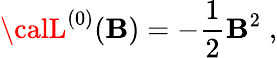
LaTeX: {\calL}^{(0)}(\mathbf{B})=-{\frac{{1}}{{2}}}\mathbf{B}^{2}\; ,